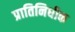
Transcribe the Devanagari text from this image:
प्रातिनिधीक